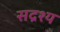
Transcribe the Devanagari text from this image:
सद्रश्य